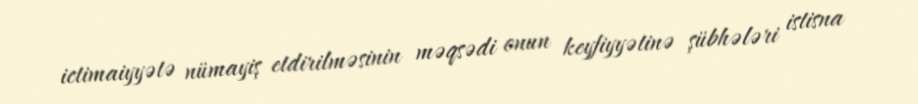
ictimaiyyətə nümayiş etdirilməsinin məqsədi onun keyfiyyətinə şübhələri istisna